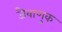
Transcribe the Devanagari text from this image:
जैवाणुक